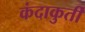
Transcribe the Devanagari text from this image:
कंदाकुर्ती